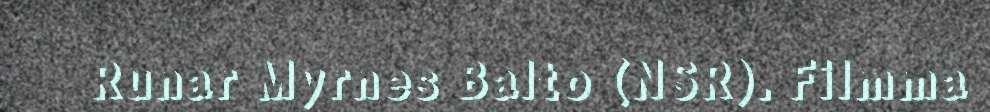
Runar Myrnes Balto (NSR). Filmma